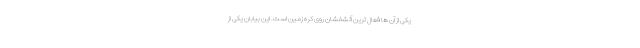
یکی از آن ها فعال ترین آتشفشان روی کره زمین است. این بیابان یکی از